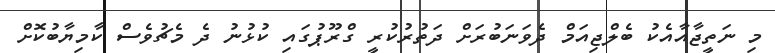
މި ނަތީޖާއާއެކު ބެލްޖިއަމް ދެވަނަބުރަށް ދަތުރުކުރީ ގްރޫޕުގައި ކުޅުނު ދެ މެޗުވެސް ކާމިޔާބުކޮށް